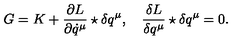
G = K + \frac { \partial L } { \partial \dot { q } ^ { \mu } } \star \delta q ^ { \mu } , \quad \frac { \delta L } { \delta q ^ { \mu } } \star \delta q ^ { \mu } = 0 .